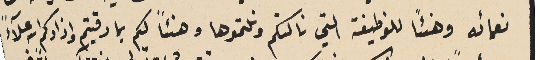
نعمائه وهىئًا للوظيفة التي نالتكم ونلتموها وهنئًا لكم بما رقيتم واذادكم الله علآءً